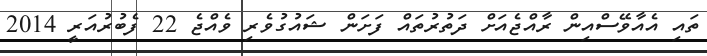
ތައި އެއާވޭސްއިން ރާއްޖެއަށް ދަތުރުތައް ފަށަން ޝައުގުވެރި ވެއްޖެ 22 ފެބުރުއަރީ 2014